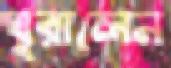
ঘুরালেন